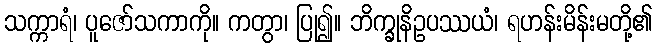
သက္ကာရံ၊ ပူဇော်သကာကို။ ကတွာ၊ ပြု၍။ ဘိက္ခုနိဥပဿယံ၊ ရဟန်းမိန်းမတို့၏